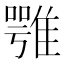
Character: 𩀇